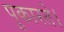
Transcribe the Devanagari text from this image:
पुकारते।